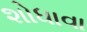
શોધાવા